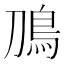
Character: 鳭